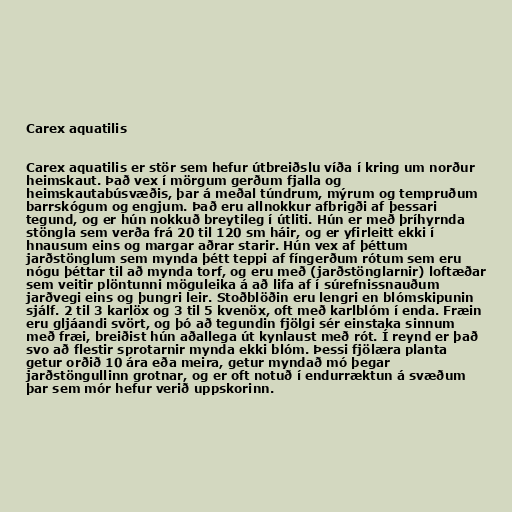
Carex aquatilis

Carex aquatilis er stör sem hefur útbreiðslu víða í kring um norður
heimskaut. Það vex í mörgum gerðum fjalla og
heimskautabúsvæðis, þar á meðal túndrum, mýrum og tempruðum
barrskógum og engjum. Það eru allnokkur afbrigði af þessari
tegund, og er hún nokkuð breytileg í útliti. Hún er með þríhyrnda
stöngla sem verða frá 20 til 120 sm háir, og er yfirleitt ekki í
hnausum eins og margar aðrar starir. Hún vex af þéttum
jarðstönglum sem mynda þétt teppi af fíngerðum rótum sem eru
nógu þéttar til að mynda torf, og eru með (jarðstönglarnir) loftæðar
sem veitir plöntunni möguleika á að lifa af í súrefnissnauðum
jarðvegi eins og þungri leir. Stoðblöðin eru lengri en blómskipunin
sjálf. 2 til 3 karlöx og 3 til 5 kvenöx, oft með karlblóm í enda. Fræin
eru gljáandi svört, og þó að tegundin fjölgi sér einstaka sinnum
með fræi, breiðist hún aðallega út kynlaust með rót. Í reynd er það
svo að flestir sprotarnir mynda ekki blóm. Þessi fjölæra planta
getur orðið 10 ára eða meira, getur myndað mó þegar
jarðstöngullinn grotnar, og er oft notuð í endurræktun á svæðum
þar sem mór hefur verið uppskorinn.